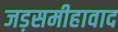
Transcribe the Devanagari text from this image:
जड़समीहावाद